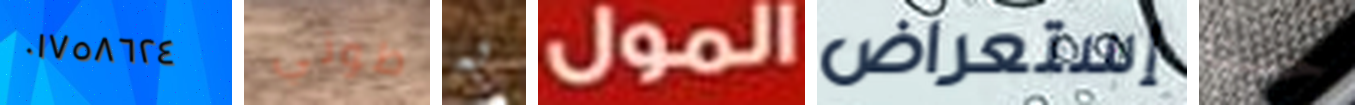
٠١٧٥٨٦٢٤ طوني به المول إستعراض حسنا